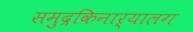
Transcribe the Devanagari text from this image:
समुद्रकिनाऱ्यालग